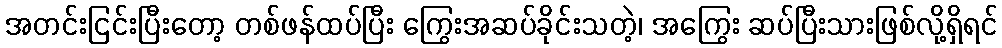
အတင်းငြင်းပြီးတော့ တစ်ဖန်ထပ်ပြီး ကြွေးအဆပ်ခိုင်းသတဲ့၊ အကြွေး ဆပ်ပြီးသားဖြစ်လို့ရှိရင်